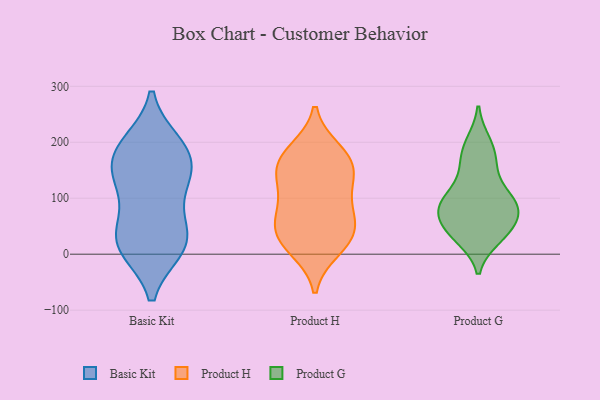
{"axis": {"x": "Active Users", "y": "Value"}, "legend": ["Basic Kit", "Product G", "Product H"], "data": [{"x": "", "y": 11, "type": "Basic Kit"}, {"x": "", "y": 55, "type": "Basic Kit"}, {"x": "", "y": 10, "type": "Basic Kit"}, {"x": "", "y": 111, "type": "Basic Kit"}, {"x": "", "y": 140, "type": "Basic Kit"}, {"x": "", "y": 25, "type": "Basic Kit"}, {"x": "", "y": 171, "type": "Basic Kit"}, {"x": "", "y": 43, "type": "Basic Kit"}, {"x": "", "y": 133, "type": "Basic Kit"}, {"x": "", "y": 192, "type": "Basic Kit"}, {"x": "", "y": 147, "type": "Basic Kit"}, {"x": "", "y": 10, "type": "Basic Kit"}, {"x": "", "y": 198, "type": "Basic Kit"}, {"x": "", "y": 191, "type": "Basic Kit"}, {"x": "", "y": 123, "type": "Product H"}, {"x": "", "y": 27, "type": "Product H"}, {"x": "", "y": 42, "type": "Product H"}, {"x": "", "y": 89, "type": "Product H"}, {"x": "", "y": 26, "type": "Product H"}, {"x": "", "y": 10, "type": "Product H"}, {"x": "", "y": 58, "type": "Product H"}, {"x": "", "y": 167, "type": "Product H"}, {"x": "", "y": 175, "type": "Product H"}, {"x": "", "y": 143, "type": "Product H"}, {"x": "", "y": 184, "type": "Product H"}, {"x": "", "y": 147, "type": "Product H"}, {"x": "", "y": 75, "type": "Product H"}, {"x": "", "y": 89, "type": "Product G"}, {"x": "", "y": 172, "type": "Product G"}, {"x": "", "y": 95, "type": "Product G"}, {"x": "", "y": 196, "type": "Product G"}, {"x": "", "y": 48, "type": "Product G"}, {"x": "", "y": 112, "type": "Product G"}, {"x": "", "y": 148, "type": "Product G"}, {"x": "", "y": 100, "type": "Product G"}, {"x": "", "y": 69, "type": "Product G"}, {"x": "", "y": 160, "type": "Product G"}, {"x": "", "y": 35, "type": "Product G"}, {"x": "", "y": 73, "type": "Product G"}, {"x": "", "y": 81, "type": "Product G"}, {"x": "", "y": 34, "type": "Product G"}, {"x": "", "y": 94, "type": "Product G"}, {"x": "", "y": 75, "type": "Product G"}, {"x": "", "y": 38, "type": "Product G"}, {"x": "", "y": 29, "type": "Product G"}, {"x": "", "y": 200, "type": "Product G"}]}